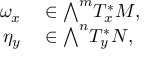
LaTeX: \begin{array} { r l } { \omega _ { x } } & { { } \in { \textstyle \bigwedge } ^ { m } T _ { x } ^ { * } M , } \\ { \eta _ { y } } & { { } \in { \textstyle \bigwedge } ^ { n } T _ { y } ^ { * } N , } \end{array}